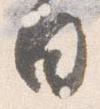
日